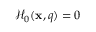
\mathcal { H } _ { 0 } ( \mathbf { x } , q ) = 0